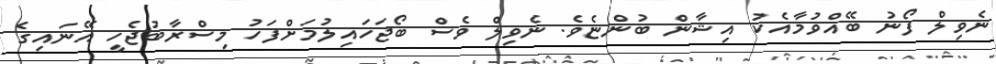
ނެވިލް ފޯނު ބޭއްވުމާއެކު އިޝާން ބުންޏެވެ. ނެވިލް ވެސް ބޯޖަހައިލުމަށްފަހު މިސްރާބުޖެހީ އޭނައިގެ